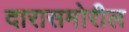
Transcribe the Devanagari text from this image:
दारासमोरील